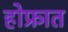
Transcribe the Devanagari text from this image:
होफ्रात